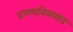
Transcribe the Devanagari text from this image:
प्रणयविकसन